Leaving Certificate Examination (including Day School Certificate (Higher) General paper), 1931
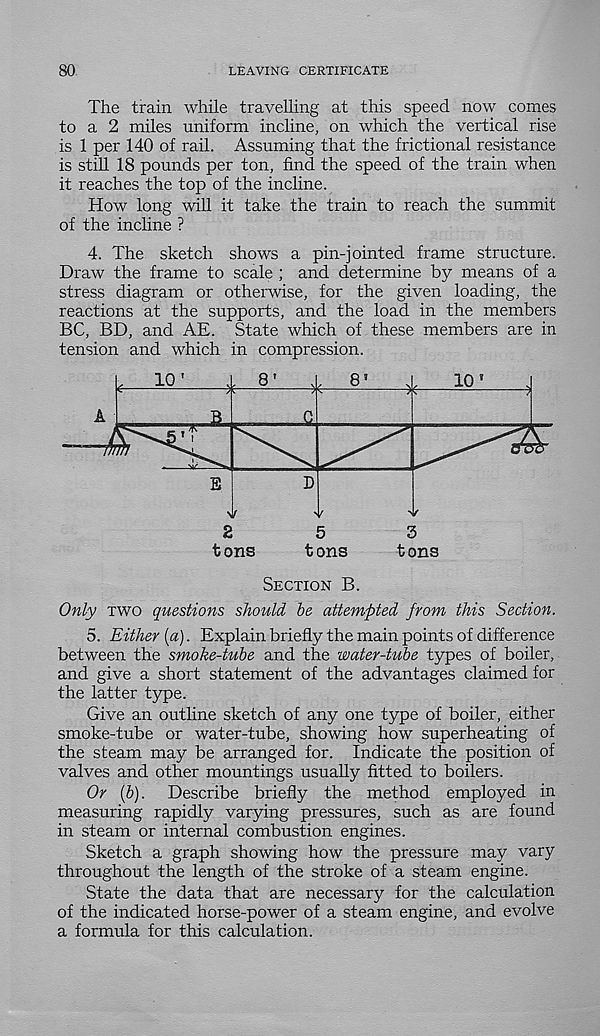
80
LEAVING CERTIFICATE
The train while travelling at this speed now comes
to a 2 miles uniform incline, on which the vertical rise
is 1 per 140 of rail. Assuming that the frictional resistance
is still 18 pounds per ton, find the speed of the train when
it reaches the top of the incline.
How long will it take the train to reach the summit
of the incline ?
4. The sketch shows a pin-jointed frame structure.
Draw the frame to scale ; and determine by means of a
stress diagram or otherwise, for the given loading, the
reactions at the supports, and the load in the members
BC, BD, and AE. State which of these members are in
tension and which in compression.
Section B.
Only two questions should be attempted from this Section.
5. Either (a). Explain briefly the main points of difference
between the smoke-tube and the water-tube types of boiler,
and give a short statement of the advantages claimed for
the latter type.
Give an outline sketch of any one type of boiler, either
smoke-tube or water-tube, showing how superheating of
the steam may be arranged for. Indicate the position of
valves and other mountings usually fitted to boilers.
Or (b). Describe briefly the method employed in
measuring rapidly varying pressures, such as are found
in steam or internal combustion engines.
Sketch a graph showing how the pressure may vary
throughout the length of the stroke of a steam engine.
State the data that are necessary for the calculation
of the indicated horse-power of a steam engine, and evolve
a formula for this calculation.